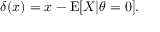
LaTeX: \delta ( x ) = x - \operatorname { E } [ X | \theta = 0 ] .